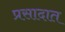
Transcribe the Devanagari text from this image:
प्रसादात